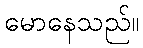
မောနေသည်။